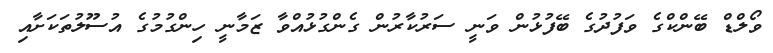
ވޯލްޑް ބޭންކްގެ ވަފުދުގެ ބޭފުޅުން ވަނީ ސަރުކާރުން ގެންގުޅުއްވާ ޒަމާނީ ހިންގުމުގެ އުސޫލުތަކަށާއި